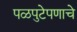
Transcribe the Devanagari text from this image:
पळपुटेपणाचे